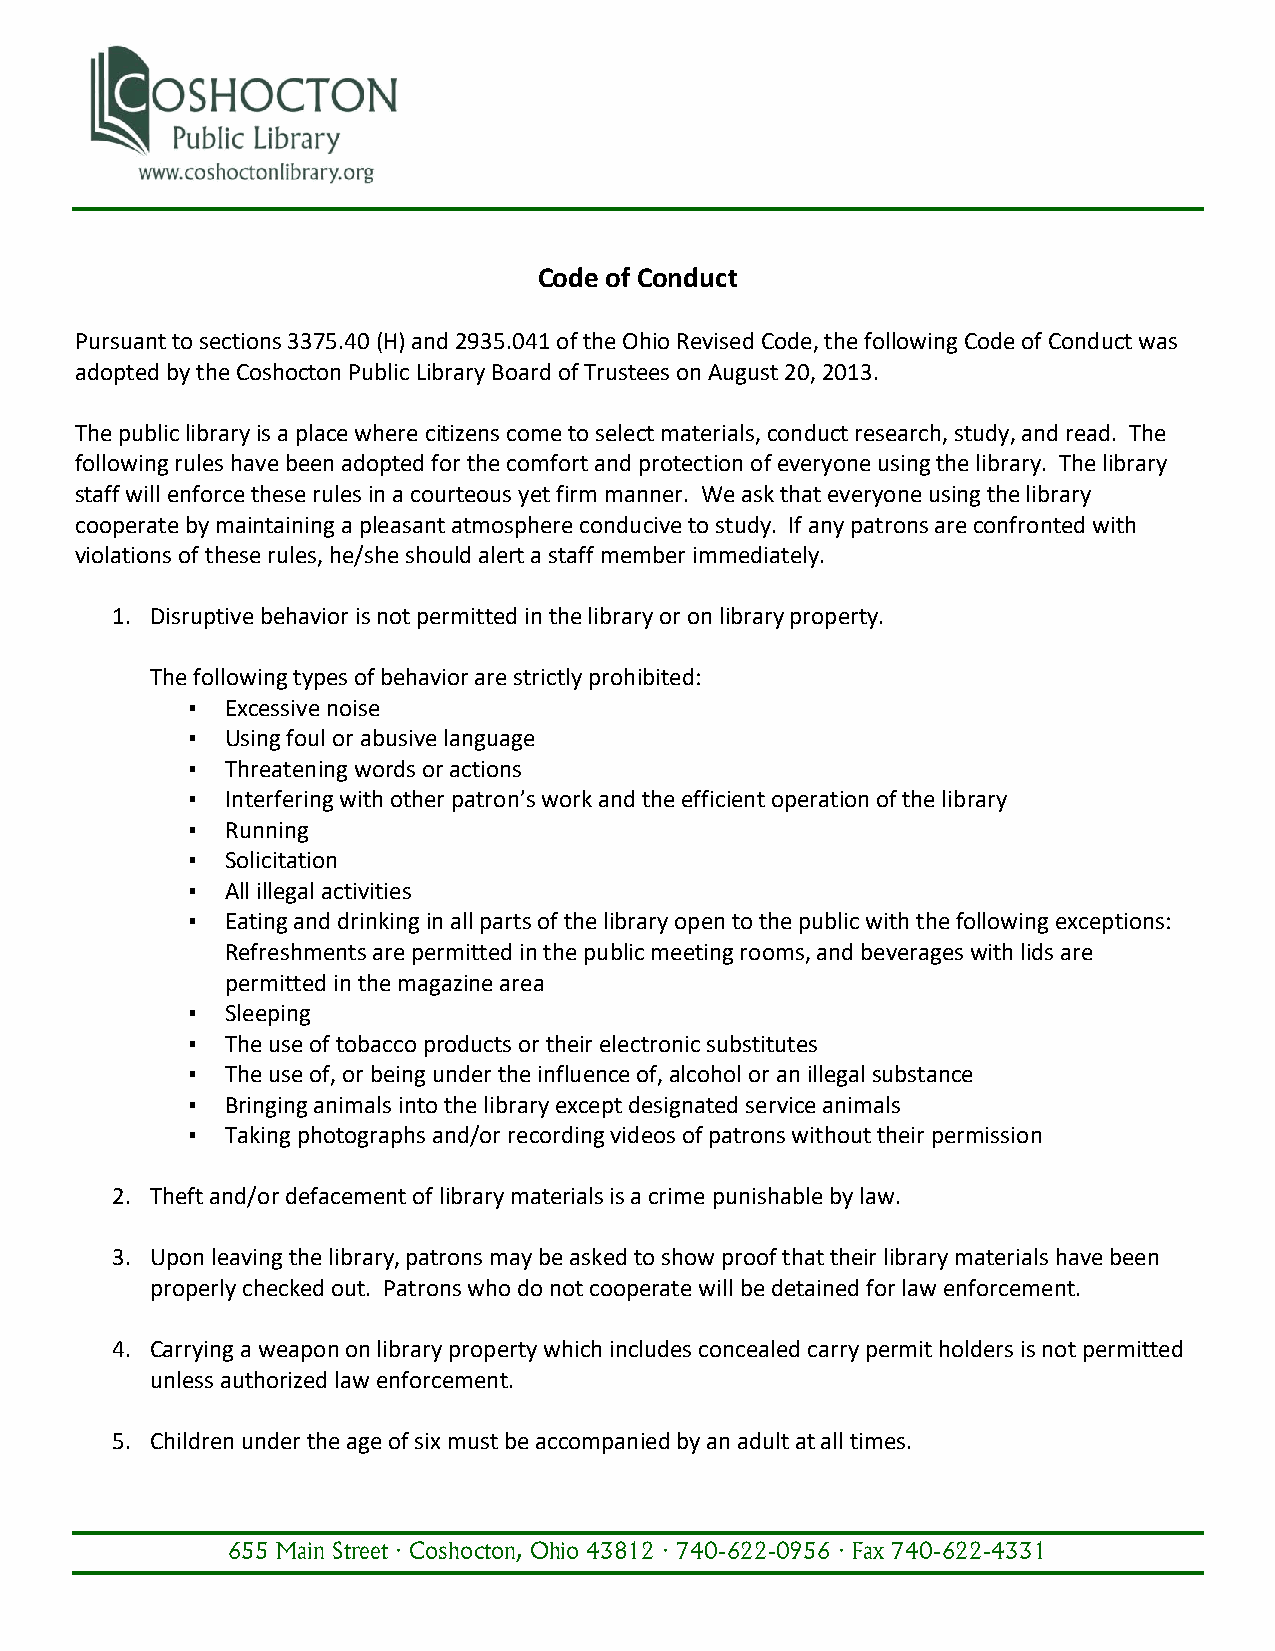
Code of Conduct
 Pursuant to sections 3375.40 (H) and 2935.041 of the Ohio Revised Code, the following Code of Conduct was
 adopted by the Coshocton Public Library Board of Trustees on August 20, 2013.
 The public library is a place where citizens come to select materials, conduct research, study, and read. The
 following rules have been adopted for the comfort and protection of everyone using the library. The library
 staff will enforce these rules in a courteous yet firm manner. We ask that everyone using the library
 cooperate by maintaining a pleasant atmosphere conducive to study. If any patrons are confronted with
 violations of these rules, he/she should alert a staff member immediately.
 1. Disruptive behavior is not permitted in the library or on library property.
 The following types of behavior are strictly prohibited:
 ▪  Excessive noise
 ▪  Using foul or abusive language
 ▪  Threatening words or actions
 ▪  Interfering with other patron’s work and the efficient operation of the library
 ▪  Running
 ▪  Solicitation
 ▪  All illegal activities
 ▪  Eating and drinking in all parts of the library open to the public with the following exceptions:
 Refreshments are permitted in the public meeting rooms, and beverages with lids are
 permitted in the magazine area
 ▪  Sleeping
 ▪  The use of tobacco products or their electronic substitutes
 ▪  The use of, or being under the influence of, alcohol or an illegal substance
 ▪  Bringing animals into the library except designated service animals
 ▪  Taking photographs and/or recording videos of patrons without their permission
 2. Theft and/or defacement of library materials is a crime punishable by law.
 3. Upon leaving the library, patrons may be asked to show proof that their library materials have been
 properly checked out. Patrons who do not cooperate will be detained for law enforcement.
 4. Carrying a weapon on library property which includes concealed carry permit holders is not permitted
 unless authorized law enforcement.
 5. Children under the age of six must be accompanied by an adult at all times.
 655 Main Street · Coshocton, Ohio 43812 · 740-622-0956 · Fax 740-622-4331